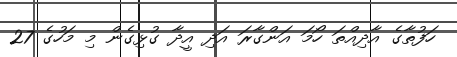
ހަފުތާގެ އާދިއްތަ ހޯމަ އަންގާރަ އަދި އީދާ ގުޅިގެން މި މަހުގެ 27